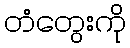
တံတွေးကို